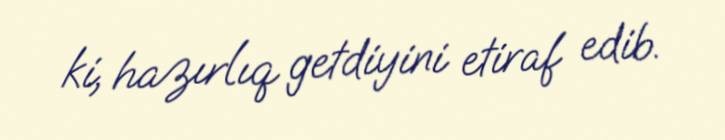
ki, hazırlıq getdiyini etiraf edib.